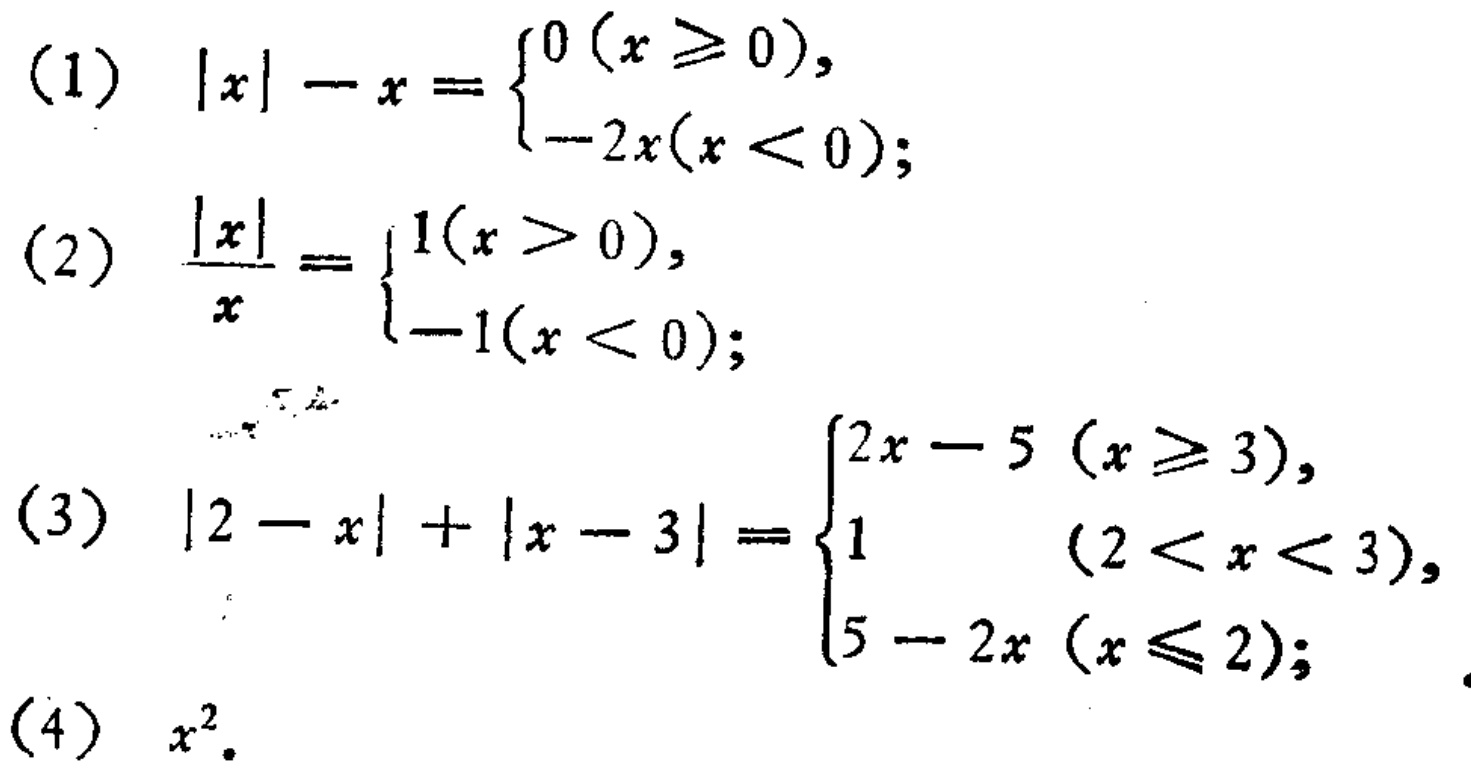
(1) \(|x|-x = \begin{cases}0 & (x\geq0), \\ -2x & (x < 0);\end{cases}\)

(2) \(\frac{|x|}{x}=\begin{cases}1 & (x > 0), \\ -1 & (x < 0);\end{cases}\)

(3) \(|2 - x|+|x - 3|=\begin{cases}2x - 5 & (x\geq3), \\ 1 & (2 < x < 3), \\ 5 - 2x & (x\leq2);\end{cases}\)

(4) \(x^{2}\)